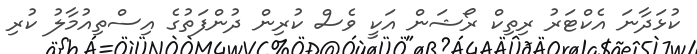
ކުޅަދާނަ އެކްޓަރު ރިތިކް ރޯޝަން އަކީ ވެސް ކުރިން ދުންފަތުގެ އިސްތިއުމާލު ކުރި